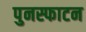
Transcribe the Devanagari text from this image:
पुनस्फाटन